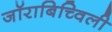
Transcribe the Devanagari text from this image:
जॉराबिच्विली